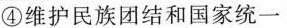
④维护民族团结和国家统一